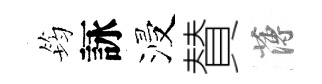
筠詠浸賛薄